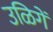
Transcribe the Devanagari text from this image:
उळिगें